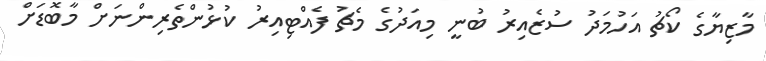
މާޒިޔާގެ ކޯޗު އަހުމަދު ސުޒެއިރު ބުނީ މިއަދުގެ މެޗު ފެއްޓިއިރު ކުޅުންތެރިންނަށް މާބޮޑަށް